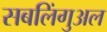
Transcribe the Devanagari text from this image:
सबलिंगुअल